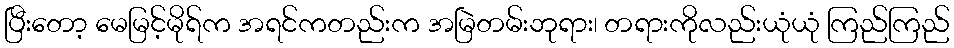
ပြီးတော့ မေမြင့်မိုရ်က အရင်ကတည်းက အမြဲတမ်းဘုရား၊ တရားကိုလည်းယုံယုံ ကြည်ကြည်